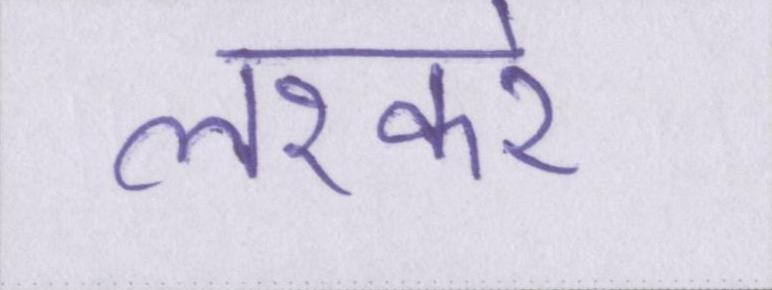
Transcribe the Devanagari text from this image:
लश्करे